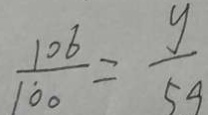
\frac { 1 0 6 } { 1 0 0 } = \frac { y } { 5 9 }